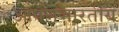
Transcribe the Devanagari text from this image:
आपणभारतीय